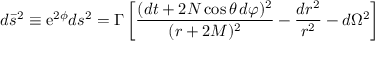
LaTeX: d \bar { s } ^ { 2 } \equiv \mathrm { e } ^ { 2 \phi } d s ^ { 2 } = \Gamma \left[ \frac { ( d t + 2 N \cos \theta \, d \varphi ) ^ { 2 } } { ( r + 2 M ) ^ { 2 } } - \frac { d r ^ { 2 } } { r ^ { 2 } } - d \Omega ^ { 2 } \right]